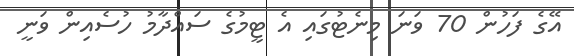
އޭގެ ފަހުން 70 ވަނަ މިނެޓުގައި އެ ޓީމުގެ ސައްދާމު ހުސެއިން ވަނީ